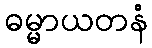
ဓမ္မာယတနံ